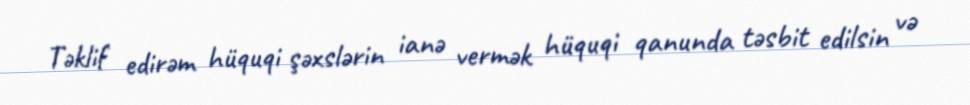
Təklif edirəm hüquqi şəxslərin ianə vermək hüquqi qanunda təsbit edilsin və